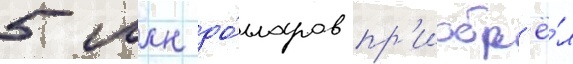
5 млн до́лларов пр'иобр'ё́л